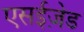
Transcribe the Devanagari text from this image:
एसईज़ेड